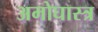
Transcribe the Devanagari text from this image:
अमोघास्त्र